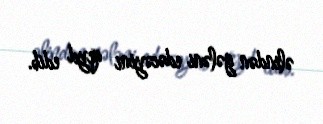
əlindən gələni edəcəyini qeyd edib.